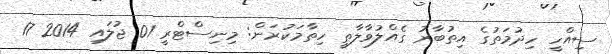
ސިއްހީ ހިދުމަތުގެ އިތުބާރު ގެއްލުވާލާތީ ހިތާމަކުރަން: މިނިސްޓްރީ 01 ޖުލައި 2014 17